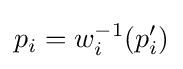
p_{i}=w_{i}^{-1}(p'_{i})